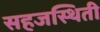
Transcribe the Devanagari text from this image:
सहजस्थिती